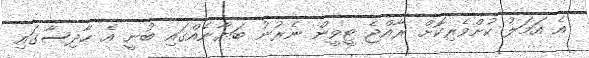
އެ އަމަލު ކުށްވެރިކޮށް ރާއްޖެ ޓީވީން ނެރުނު ބަޔާނެއްގައި ބުނީ އެ ހާދިސާގައި